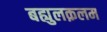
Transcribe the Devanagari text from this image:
बह्युलक़लम